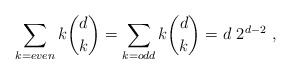
\begin{align*}\sum_{k=even} k {d \choose k}=\sum_{k=odd} k {d\choose k} = d~2^{d-2}\ ,\end{align*}